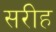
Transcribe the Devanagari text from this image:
सरीह